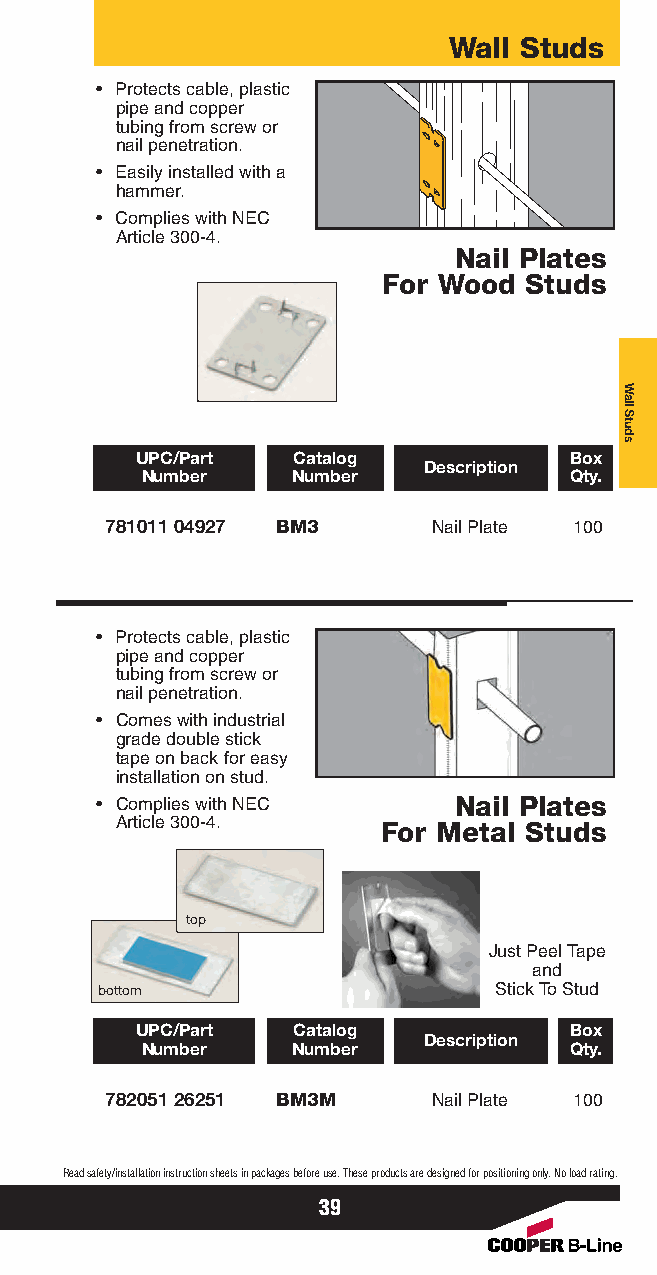
Wall Studs
 • Protects cable, plastic
 pipe and copper
 tubing from screw or
 nail penetration.
 • Easily installed with a
 hammer.
 • Complies with NEC
 Article 300-4.
 Nail Plates
 For Wood  Studs
 UPC/Part  Catalog            Box
 Description
 Number    Number             Qty.
 781011 04927 BM3      Nail Plate 100
 • Protects cable, plastic
 pipe and copper
 tubing from screw or
 nail penetration.
 • Comes with industrial
 grade double stick
 tape on back for easy
 installation on stud.
 • Complies with NEC     Nail Plates
 Article 300-4.   For Metal Studs
 top
 Just Peel Tape
 and
 bottom                     Stick To Stud
 UPC/Part  Catalog            Box
 Description
 Number    Number             Qty.
 782051 26251 BM3M     Nail Plate 100
 Read safety/installation instruction sheets in packages before use. These products are designed for positioning only. No load rating.
 39
 Wall
 Studs